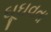
ઘૂઘવતા